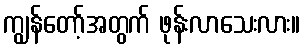
ကျွန်တော့်အတွက် ဖုန်းလာသေးလား။